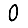
Digit: 0